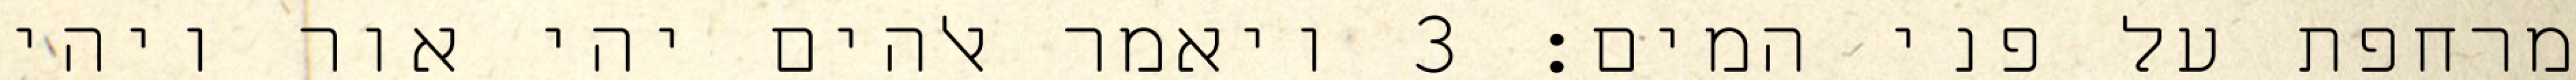
מרחפת על פני המים׃ ‎3‏ ויאמר אלהים יהי אור ויהי